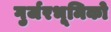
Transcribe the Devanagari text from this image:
गुर्जरभूमिको